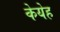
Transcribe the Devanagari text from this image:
केयेह